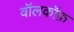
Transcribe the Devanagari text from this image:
वॉलकॉफ़